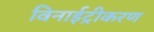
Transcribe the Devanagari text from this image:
विनाईट्रीकरण